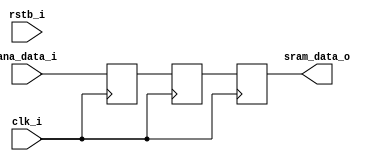
module regmap_cell_rd(
  //-----SRAM Interface-------
  clk_i,       // Clock Input
  rstb_i,      // Reset Input
  sram_data_o, // Data Output
  //-----Analog Interface-------
  ana_data_i   // Data Input
);

parameter DATA_WIDTH = 16;
parameter RST_VAL    = 0;

//----------Input Ports-------------
// SRAM Interface
input                  clk_i;
input                  rstb_i;
// Analog Interface
input [DATA_WIDTH-1:0] ana_data_i;

//----------Output Ports-------------
// SRAM Interface
output [DATA_WIDTH-1:0] sram_data_o;

//----------Internal Variables-------------
reg  [DATA_WIDTH-1:0] ana_data_reg1;
reg  [DATA_WIDTH-1:0] ana_data_reg2;
reg  [DATA_WIDTH-1:0] cell_data_reg;


//----------Code Start Here-------------
assign sram_data_o = cell_data_reg;

always @(posedge clk_i) begin
  ana_data_reg1 <= ana_data_i;  
  ana_data_reg2 <= ana_data_reg1;
  cell_data_reg <= ana_data_reg2;
end
  
endmodule